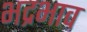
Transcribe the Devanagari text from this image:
भद्रभाव